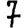
Digit: 7